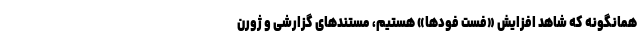
همانگونه که شاهد افزایش «فست فودها» هستیم، مستندهای گزارشی و ژورن